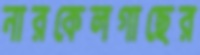
নারকেলগাছের